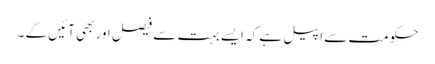
حکومت سے اپیل ہے کہ ایسے بہت سے فیصل اور بھی آئیں گے ۔